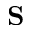
\mathbf { S }